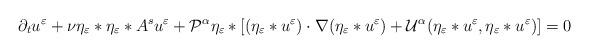
LaTeX: \begin{align*}\partial_t u^\varepsilon + \nu \eta_\varepsilon*\eta_\varepsilon* A^s u^\varepsilon +\mathcal{P}^\alpha \eta_\varepsilon*[(\eta_\varepsilon*u^\varepsilon)\cdot \nabla (\eta_\varepsilon*u^\varepsilon)+\mathcal{U}^\alpha(\eta_\varepsilon*u^\varepsilon,\eta_\varepsilon*u^\varepsilon)]=0\end{align*}